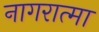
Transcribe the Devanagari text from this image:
नागरात्मा